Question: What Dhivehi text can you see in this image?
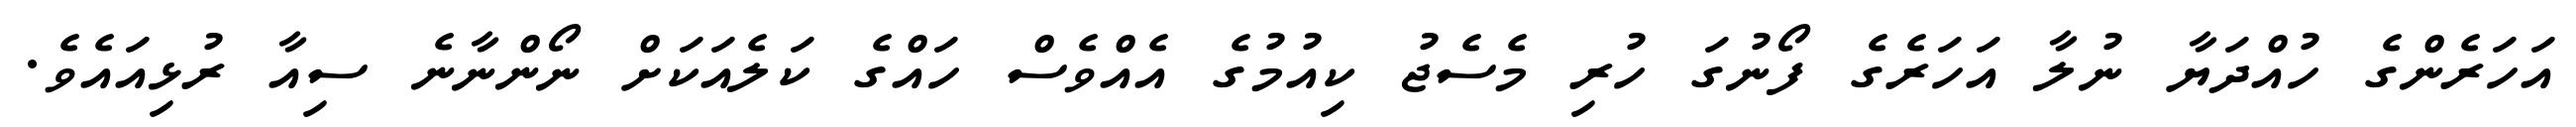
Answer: އަހަރެންގެ ހުއްދަޔާ ނުލާ އަހަރެގެ ފޯނުގަ ހުރި މެސެޖު ކިއުމުގެ އެއްވެސް ހައްގެ ކަލެއަކަށް ނޯންނާނެ ސިއާ ރުޅިއައެވެ.